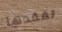
تفقدها